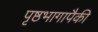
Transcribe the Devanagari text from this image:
पृष्ठभागापैकी